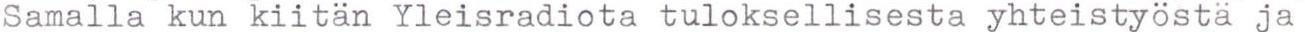
Samalla kun kiitän Yleisradiota tuloksellisesta yhteistyöstä ja